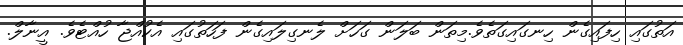
އަތުގައި ހިފައިގެން ހިނގައިގަތެވެ.މިތަން ބަލަން ގަހަށް ލެނގިލައިގެން ފަހަތުގައި އެކުއްޖާ ހުއްޓެވެ. އީނާލް.